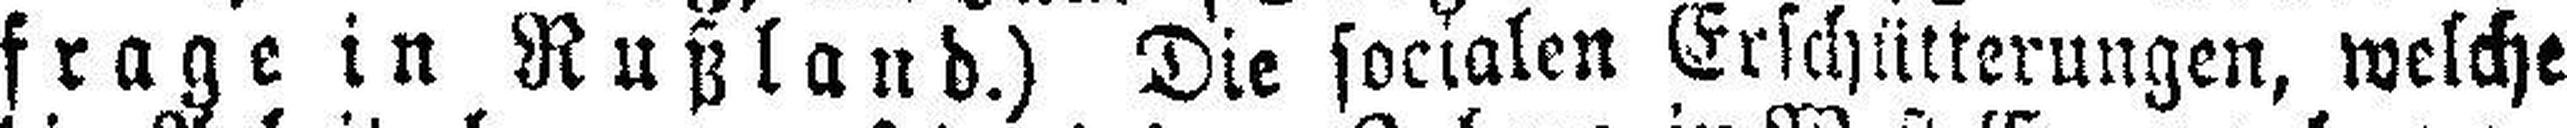
frage in Rußland.) Die socialen Erschütterungen, welche